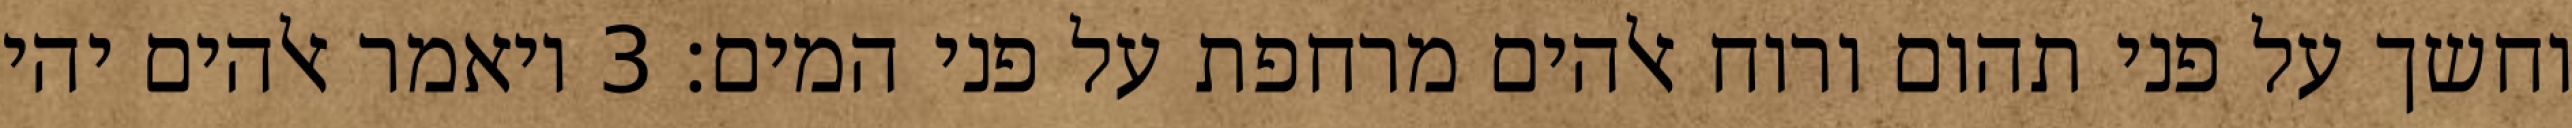
וחשך על פני תהום ורוח אלהים מרחפת על פני המים׃ ‎3‏ ויאמר אלהים יהי